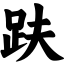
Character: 趺